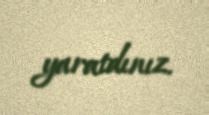
yaratdınız.